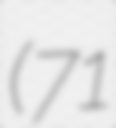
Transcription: (71